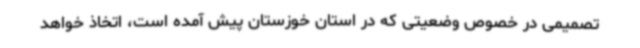
تصمیمی در خصوص وضعیتی که در استان خوزستان‌ پیش آمده است، اتخاذ خواهد